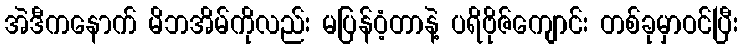
အဲဒီကနောက် မိဘအိမ်ကိုလည်း မပြန်ဝံ့တာနဲ့ ပရိဗိုဇ်ကျောင်း တစ်ခုမှာဝင်ပြီး